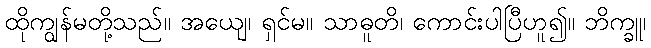
ထိုကျွန်မတို့သည်။ အယျေ၊ ရှင်မ။ သာဓူတိ၊ ကောင်းပါပြီဟူ၍။ ဘိက္ခူ၊